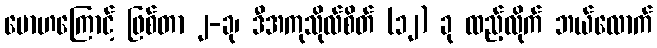
မောဟကြောင့် ဖြစ်တာ ၂-ခု၊ ဒီအကုသိုလ်စိတ် (၁၂) ခု ထည့်လိုက် ဘယ်လောက်